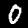
Digit: 0